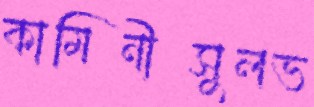
কামিনীসুলভ